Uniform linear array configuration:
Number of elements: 48
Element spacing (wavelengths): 0.5
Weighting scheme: exponential
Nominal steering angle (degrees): -15
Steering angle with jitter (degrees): -16.538
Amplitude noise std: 0.05
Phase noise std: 0.05

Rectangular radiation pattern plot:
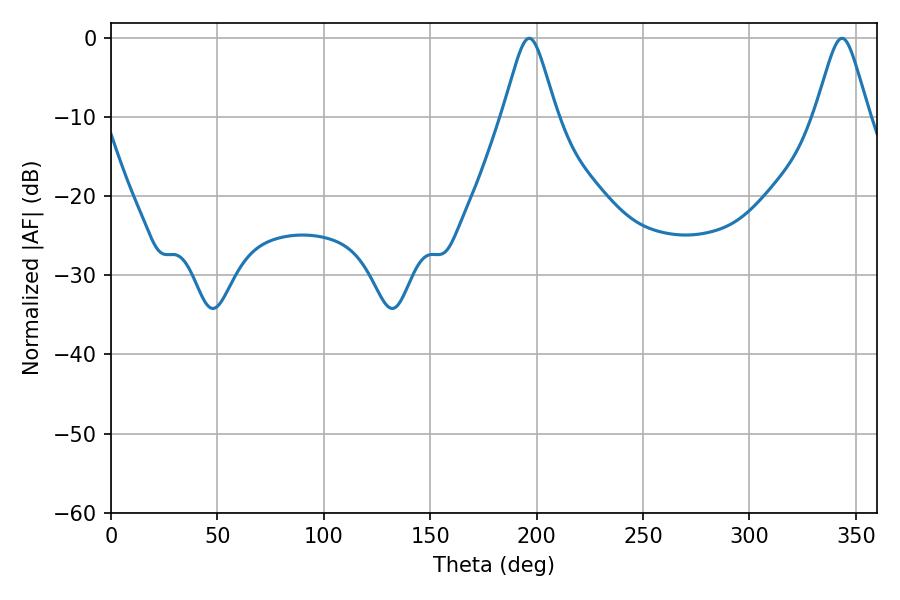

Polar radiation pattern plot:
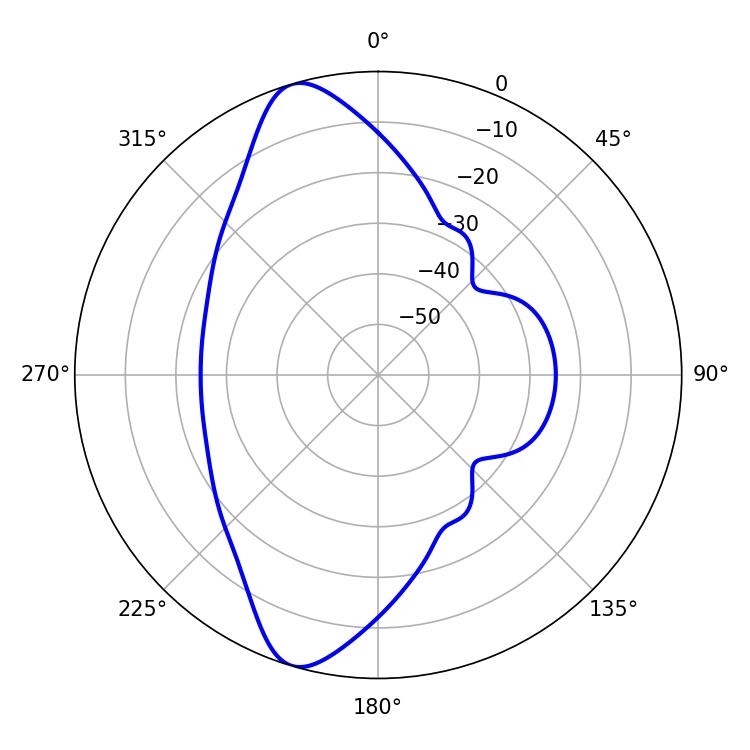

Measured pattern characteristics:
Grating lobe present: FALSE
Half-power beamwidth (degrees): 12.06
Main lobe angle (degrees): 196.56